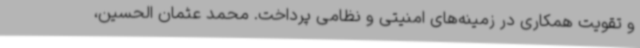
و تقویت همکاری در زمینه‌های امنیتی و نظامی پرداخت‌. محمد عثمان الحسین،